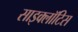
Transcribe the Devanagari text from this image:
साइक्लॉटिस